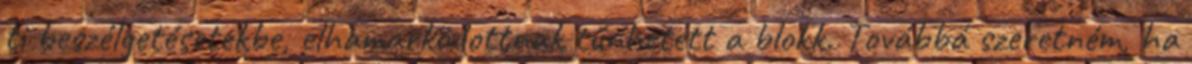
ti beszélgetésetekbe, elhamarkodottnak tűnhetett a blokk. Továbbá szeretném, ha